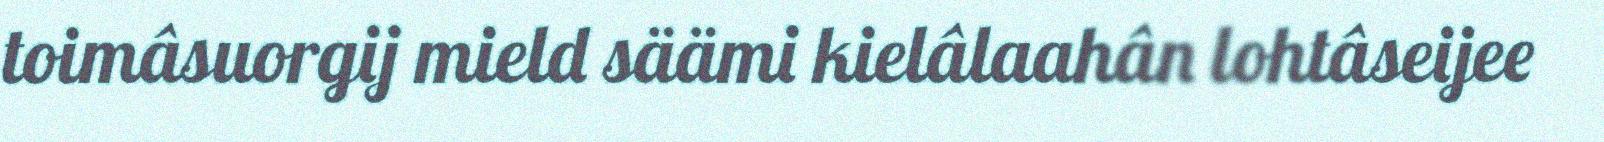
toimâsuorgij mield säämi kielâlaahân lohtâseijee